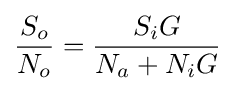
{\frac {S_{o}}{N_{o}}}={\frac {S_{i}G}{N_{a}+N_{i}G}}